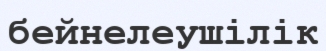
бейнелеушілік